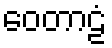
ဝေတာဠံ